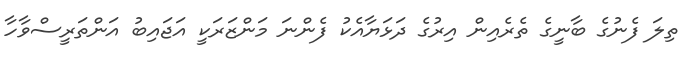
ތިލަ ފެނުގެ ބާނީގެ ތެރެއިން އިރުގެ ދަޅަޔާއެކު ފެންނަ މަންޒަރަކީ އަޖައިބު އަންތަރީސްވާހާ